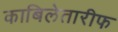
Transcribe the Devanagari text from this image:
काबिलेतारीफ